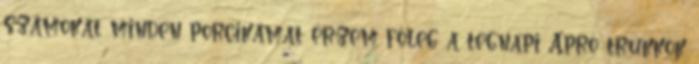
számokat minden porcikámat érzem főleg a tegnapi Apró trükkök